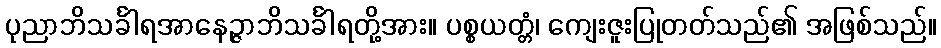
ပုညာဘိသင်္ခါရအာနေဉ္ဇာဘိသင်္ခါရတို့အား။ ပစ္စယတ္တံ၊ ကျေးဇူးပြုတတ်သည်၏ အဖြစ်သည်။